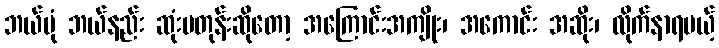
ဘယ်ပုံ ဘယ်နည်း ဆုံးမတုန်းဆိုတော့ အကြောင်းအကျိုး၊ အကောင်း အဆိုး၊ လိုက်နာရမယ့်